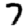
Digit: 7